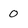
Character: 0